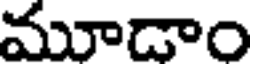
మూడాం